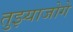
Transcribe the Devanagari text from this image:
तुझ्याजोगे